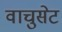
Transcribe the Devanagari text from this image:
वाचुसेट